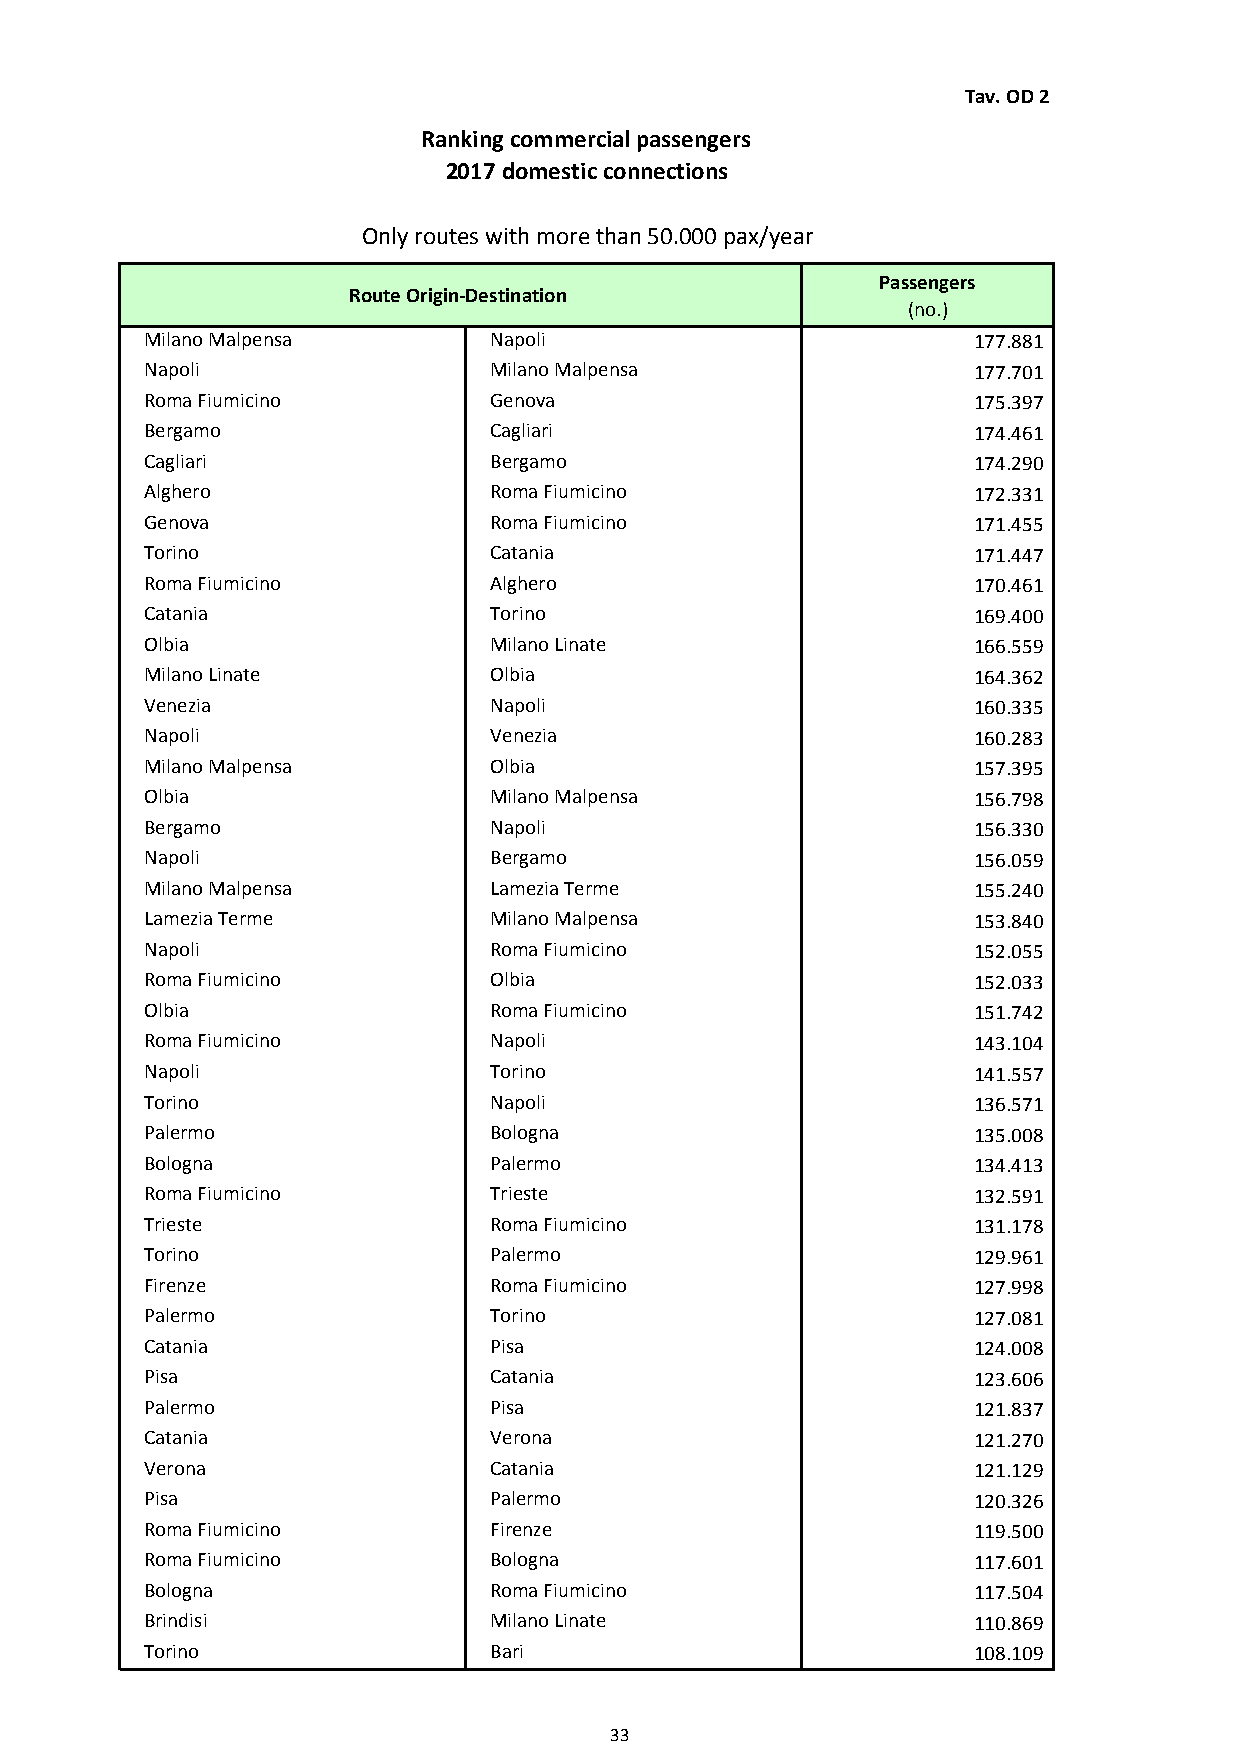
Tav. OD 2
 Ranking commercial passengers
 2017 domestic connections
 Only routes with more than 50.000 pax/year
 Passengers
 Route Origin-Destination
 (no.)
 Milano Malpensa       Napoli                          177.881
 Napoli                Milano Malpensa                 177.701
 Roma Fiumicino        Genova                          175.397
 Bergamo               Cagliari                        174.461
 Cagliari              Bergamo                         174.290
 Alghero               Roma Fiumicino                  172.331
 Genova                Roma Fiumicino                  171.455
 Torino                Catania                         171.447
 Roma Fiumicino        Alghero                         170.461
 Catania               Torino                          169.400
 Olbia                 Milano Linate                   166.559
 Milano Linate         Olbia                           164.362
 Venezia               Napoli                          160.335
 Napoli                Venezia                         160.283
 Milano Malpensa       Olbia                           157.395
 Olbia                 Milano Malpensa                 156.798
 Bergamo               Napoli                          156.330
 Napoli                Bergamo                         156.059
 Milano Malpensa       Lamezia Terme                   155.240
 Lamezia Terme         Milano Malpensa                 153.840
 Napoli                Roma Fiumicino                  152.055
 Roma Fiumicino        Olbia                           152.033
 Olbia                 Roma Fiumicino                  151.742
 Roma Fiumicino        Napoli                          143.104
 Napoli                Torino                          141.557
 Torino                Napoli                          136.571
 Palermo               Bologna                         135.008
 Bologna               Palermo                         134.413
 Roma Fiumicino        Trieste                         132.591
 Trieste               Roma Fiumicino                  131.178
 Torino                Palermo                         129.961
 Firenze               Roma Fiumicino                  127.998
 Palermo               Torino                          127.081
 Catania               Pisa                            124.008
 Pisa                  Catania                         123.606
 Palermo               Pisa                            121.837
 Catania               Verona                          121.270
 Verona                Catania                         121.129
 Pisa                  Palermo                         120.326
 Roma Fiumicino        Firenze                         119.500
 Roma Fiumicino        Bologna                         117.601
 Bologna               Roma Fiumicino                  117.504
 Brindisi              Milano Linate                   110.869
 Torino                Bari                            108.109
 33